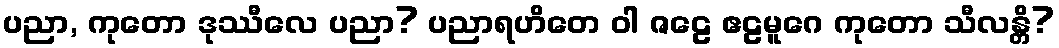
ပညာ, ကုတော ဒုဿီလေ ပညာ? ပညာရဟိတေ ဝါ ဇဠေ ဧဠမူဂေ ကုတော သီလန္တိ?